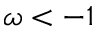
\omega < - 1